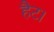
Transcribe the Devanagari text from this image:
हैट।